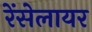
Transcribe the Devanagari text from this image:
रेंसेलायर